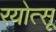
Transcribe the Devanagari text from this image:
रयोत्सू